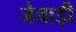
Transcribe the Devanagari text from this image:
जेवाड़ी